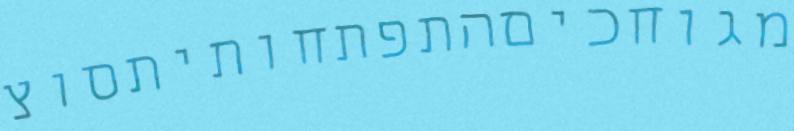
מגוחכיםהתפתחותיתסוצ